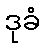
ဒုခံ